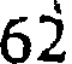
62